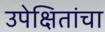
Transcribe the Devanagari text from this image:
उपेक्षितांचा